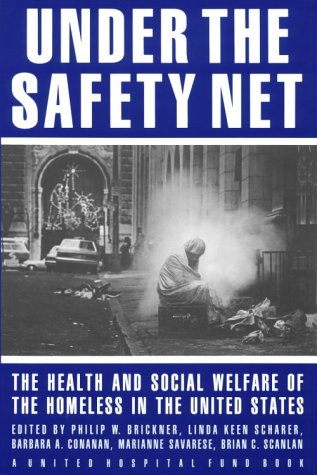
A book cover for Under the Safety Net: The Health and Social Welfare of Homeless in the United States; Medical Books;